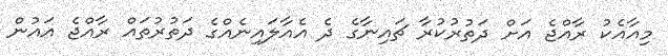
މިއާއެކު ރާއްޖެ އަށް ދަތުރުކުރާ ޗައިނާގެ ދެ އެއާލައިނެއްގެ ދަތުރުތައް ރާއްޖެ އައުން